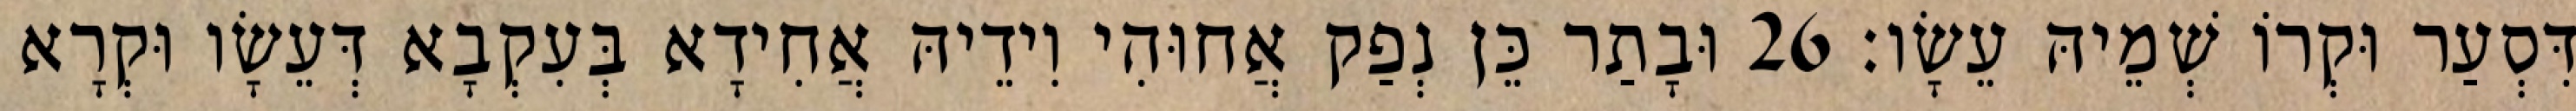
דִּסְעַר וּקְרוֹ שְׁמֵיהּ עֵשָׂו׃ 26 וּבָתַר כֵּן נְפַק אֲחוּהִי וִידֵיהּ אֲחִידָא בְּעִקְבָא דְּעֵשָׂו וּקְרָא